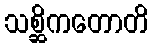
သစ္ဆိကတောတိ